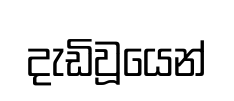
දැඩිවූයෙන්